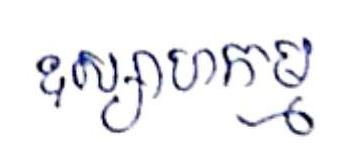
ឧស្សាហកម្ម